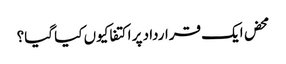
محض ایک قرارداد پر اکتفا کیوں کیا گیا؟